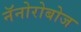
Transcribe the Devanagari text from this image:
नॅनोरोबोज